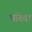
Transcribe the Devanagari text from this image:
परिवा